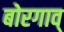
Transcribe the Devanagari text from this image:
बोरगाव्